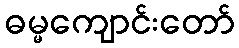
ဓမ္မကျောင်းတော်